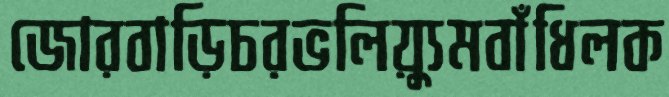
জোরবাড়িচরভলিয়্যুমবাঁধিলক